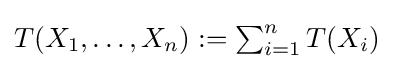
{\textstyle T(X_{1},\dots ,X_{n}):=\sum _{i=1}^{n}T(X_{i})}